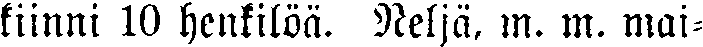
kiinni 10 henkilöä. Neljä. m. m. mai-